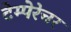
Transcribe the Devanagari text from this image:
टेम्पेरेचर